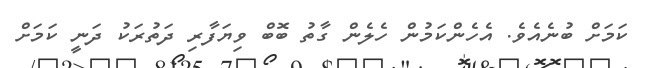
ކަމަށް ބުނެއެވެ. އެހެންކަމުން ހެލެން ގާތު ބޮބް ވިޔަފާރި ދަތުރަކު ދަނީ ކަމަށް